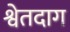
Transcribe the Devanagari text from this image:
श्वेतदाग